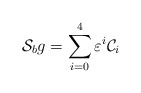
\begin{align*}{\cal S}_b g=\sum_{i=0}^4\varepsilon^i{\cal C}_i\end{align*}